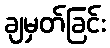
ချမှတ်ခြင်း